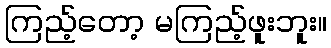
ကြည့်တော့ မကြည့်ဖူးဘူး။